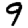
Digit: 9